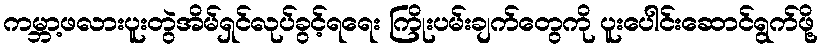
ကမ္ဘာ့ဖလားပူးတွဲအိမ်ရှင်လုပ်ခွင့်ရရေး ကြိုးပမ်းချက်တွေကို ပူးပေါင်းဆောင်ရွက်ဖို့